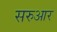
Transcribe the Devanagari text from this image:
सरुआर